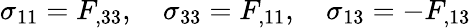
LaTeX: \sigma_{11}=F_{,33},\quad\sigma_{33}=F_{,11},\quad\sigma_{13}=-F_{,13}